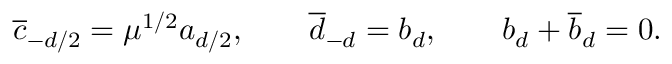
{ \overline { { c } } } _ { - d / 2 } = \mu ^ { 1 / 2 } a _ { d / 2 } , \qquad { \overline { { d } } } _ { - d } = b _ { d } , \qquad b _ { d } + { \overline { { b } } _ { d } } = 0 .